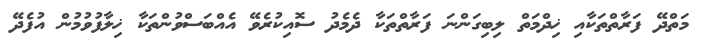
މަތްދޭ ފަރާތްތަކާއި ޚިދްމަތް ލިބިގަންނަ ފަރާތްތަކާ ދެމެދު ސޮއިކުރެވޭ އެއްބަސްވުންތަކާ ޚިލާފުވުމުން އުފެދޭ